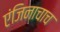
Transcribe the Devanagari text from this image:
एंजिनाचाच